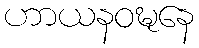
ဟာယနဝဍ္ဎနေ